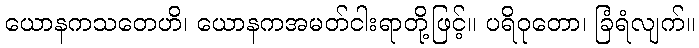
ယောနကသတေဟိ၊ ယောနကအမတ်ငါးရာတို့ဖြင့်။ ပရိဝုတော၊ ခြံရံလျက်။